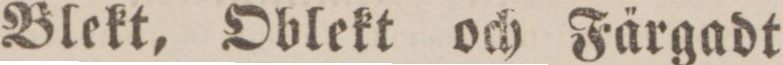
Blekt, Oblekt och Färgadt